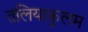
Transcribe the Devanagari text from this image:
तलियाकुलम